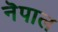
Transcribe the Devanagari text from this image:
नॆपाल